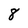
Character: 8